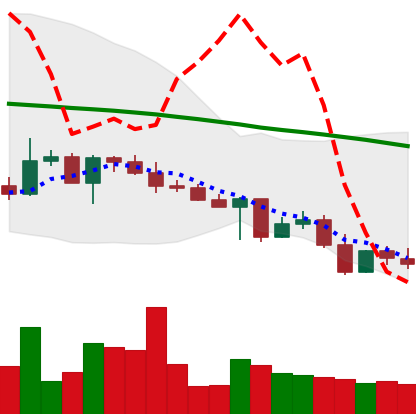
Ticker: XLM-USD
Chart end date: 2022-05-03
Forward return: -6.025%
Label: down_5_7